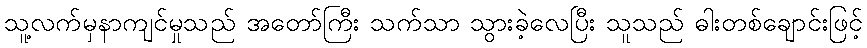
သူ့လက်မှနာကျင်မှုသည် အတော်ကြီး သက်သာ သွားခဲ့လေပြီး သူသည် ဓါးတစ်ချောင်းဖြင့်